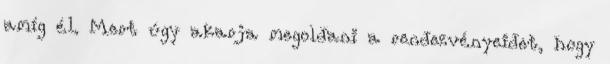
amíg él. Mert úgy akarja megoldani a rendezvényeidet, hogy